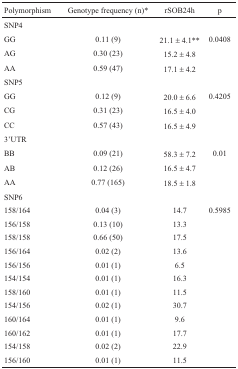
<table><thead><tr><td><b>Polymorphism</b></td><td><b>Genotype frequency (n)*</b></td><td><b>rSOB24h</b></td><td><b>p</b></td></tr></thead><tbody><tr><td> SNP4</td><td></td><td></td><td></td></tr><tr><td>GG</td><td>0.11 (9)</td><td>21.1 ± 4.1**</td><td>0.0408</td></tr><tr><td>AG</td><td>0.30 (23)</td><td>15.2 ± 4.8</td><td></td></tr><tr><td>AA</td><td>0.59 (47)</td><td>17.1 ± 4.2</td><td></td></tr><tr><td>SNP5</td><td></td><td></td><td></td></tr><tr><td>GG</td><td>0.12 (9)</td><td>20.0 ± 6.6</td><td>0.4205</td></tr><tr><td>CG</td><td>0.31 (23)</td><td>16.5 ± 4.0</td><td></td></tr><tr><td>CC</td><td>0.57 (43)</td><td>16.5 ± 4.9</td><td></td></tr><tr><td>3&#x27;UTR</td><td></td><td></td><td></td></tr><tr><td>BB</td><td>0.09 (21)</td><td>58.3 ± 7.2</td><td>0.01</td></tr><tr><td>AB</td><td>0.12 (26)</td><td>16.5 ± 4.7</td><td></td></tr><tr><td>AA</td><td>0.77 (165)</td><td>18.5 ± 1.8</td><td></td></tr><tr><td>SNP6</td><td></td><td></td><td></td></tr><tr><td>158/164</td><td>0.04 (3)</td><td>14.7</td><td>0.5985</td></tr><tr><td>156/158</td><td>0.13 (10)</td><td>13.3</td><td></td></tr><tr><td>158/158</td><td>0.66 (50)</td><td>17.5</td><td></td></tr><tr><td>156/164</td><td>0.02 (2)</td><td>13.6</td><td></td></tr><tr><td>156/156</td><td>0.01 (1)</td><td>6.5</td><td></td></tr><tr><td>154/154</td><td>0.01 (1)</td><td>16.3</td><td></td></tr><tr><td>158/160</td><td>0.01 (1)</td><td>11.5</td><td></td></tr><tr><td>154/156</td><td>0.02 (1)</td><td>30.7</td><td></td></tr><tr><td>160/164</td><td>0.01 (1)</td><td>9.6</td><td></td></tr><tr><td>160/162</td><td>0.01 (1)</td><td>17.7</td><td></td></tr><tr><td>154/158</td><td>0.02 (2)</td><td>22.9</td><td></td></tr><tr><td>156/160</td><td>0.01 (1)</td><td>11.5</td><td></td></tr></tbody></table>